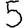
Digit: 5